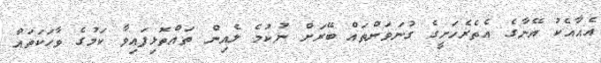
އެއާއެކު އޭނާގެ އެތެރެހަށީގެ ގުނަވަންތައް ބޭރަށް ނުކުމެ ލެއިން ތައްތޮޅިފައިވާ ކަމުގެ ވާހަކަތައް